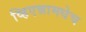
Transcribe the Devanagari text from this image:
व्हिएन्नामधेच